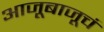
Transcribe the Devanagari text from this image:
आजूबाजूचं